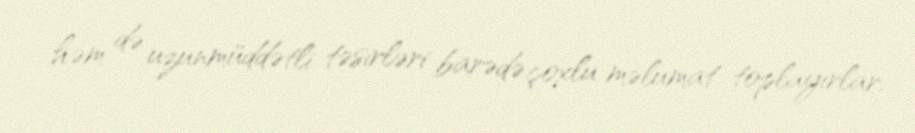
həm də uzunmüddətli təsirləri barədə çoxlu məlumat toplayırlar.